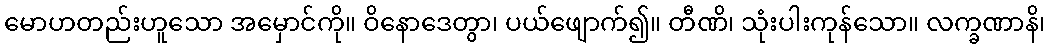
မောဟတည်းဟူသော အမှောင်ကို။ ဝိနောဒေတွာ၊ ပယ်ဖျောက်၍။ တီဏိ၊ သုံးပါးကုန်သော။ လက္ခဏာနိ၊